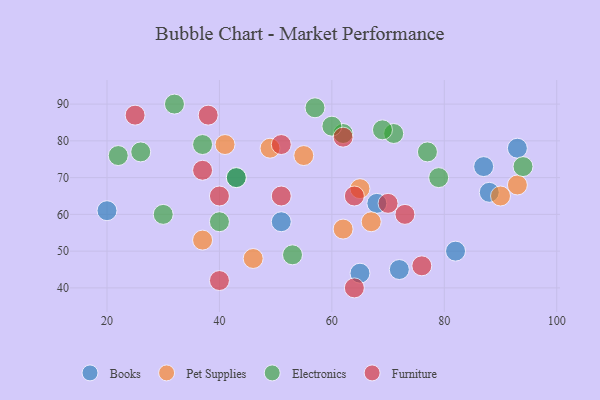
{"axis": {"x": "GDP", "y": "Life Expectancy"}, "legend": ["Books", "Electronics", "Furniture", "Pet Supplies"], "data": [{"x": "72", "y": 45, "type": "Books"}, {"x": "88", "y": 66, "type": "Books"}, {"x": "65", "y": 44, "type": "Books"}, {"x": "43", "y": 70, "type": "Books"}, {"x": "51", "y": 58, "type": "Books"}, {"x": "82", "y": 50, "type": "Books"}, {"x": "68", "y": 63, "type": "Books"}, {"x": "87", "y": 73, "type": "Books"}, {"x": "20", "y": 61, "type": "Books"}, {"x": "93", "y": 78, "type": "Books"}, {"x": "65", "y": 67, "type": "Pet Supplies"}, {"x": "46", "y": 48, "type": "Pet Supplies"}, {"x": "67", "y": 58, "type": "Pet Supplies"}, {"x": "49", "y": 78, "type": "Pet Supplies"}, {"x": "55", "y": 76, "type": "Pet Supplies"}, {"x": "37", "y": 53, "type": "Pet Supplies"}, {"x": "90", "y": 65, "type": "Pet Supplies"}, {"x": "93", "y": 68, "type": "Pet Supplies"}, {"x": "62", "y": 56, "type": "Pet Supplies"}, {"x": "41", "y": 79, "type": "Pet Supplies"}, {"x": "62", "y": 82, "type": "Electronics"}, {"x": "40", "y": 58, "type": "Electronics"}, {"x": "22", "y": 76, "type": "Electronics"}, {"x": "43", "y": 70, "type": "Electronics"}, {"x": "53", "y": 49, "type": "Electronics"}, {"x": "71", "y": 82, "type": "Electronics"}, {"x": "77", "y": 77, "type": "Electronics"}, {"x": "26", "y": 77, "type": "Electronics"}, {"x": "57", "y": 89, "type": "Electronics"}, {"x": "94", "y": 73, "type": "Electronics"}, {"x": "30", "y": 60, "type": "Electronics"}, {"x": "37", "y": 79, "type": "Electronics"}, {"x": "79", "y": 70, "type": "Electronics"}, {"x": "32", "y": 90, "type": "Electronics"}, {"x": "69", "y": 83, "type": "Electronics"}, {"x": "60", "y": 84, "type": "Electronics"}, {"x": "51", "y": 65, "type": "Furniture"}, {"x": "38", "y": 87, "type": "Furniture"}, {"x": "73", "y": 60, "type": "Furniture"}, {"x": "40", "y": 42, "type": "Furniture"}, {"x": "40", "y": 65, "type": "Furniture"}, {"x": "64", "y": 65, "type": "Furniture"}, {"x": "62", "y": 81, "type": "Furniture"}, {"x": "25", "y": 87, "type": "Furniture"}, {"x": "70", "y": 63, "type": "Furniture"}, {"x": "37", "y": 72, "type": "Furniture"}, {"x": "76", "y": 46, "type": "Furniture"}, {"x": "51", "y": 79, "type": "Furniture"}, {"x": "64", "y": 40, "type": "Furniture"}]}